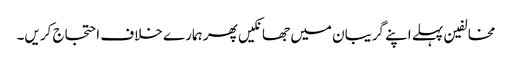
مخالفین پہلے اپنے گریبان میں جھانکیں پھر ہمارے خلاف احتجاج کریں۔